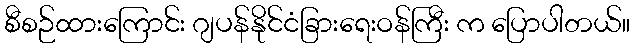
စီစဉ်ထားကြောင်း ဂျပန်နိုင်ငံခြားရေးဝန်ကြီး က ပြောပါတယ်။